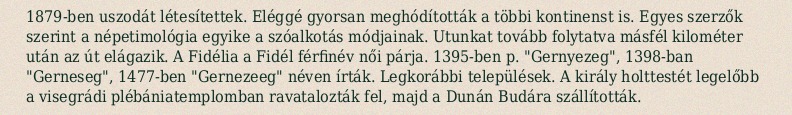
1879-ben uszodát létesítettek. Eléggé gyorsan meghódították a többi kontinenst is. Egyes szerzők szerint a népetimológia egyike a szóalkotás módjainak. Utunkat tovább folytatva másfél kilométer után az út elágazik. A Fidélia a Fidél férfinév női párja. 1395-ben p. "Gernyezeg", 1398-ban "Gerneseg", 1477-ben "Gernezeeg" néven írták. Legkorábbi települések. A király holttestét legelőbb a visegrádi plébániatemplomban ravatalozták fel, majd a Dunán Budára szállították.